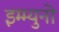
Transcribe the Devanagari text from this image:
इम्म्युनो